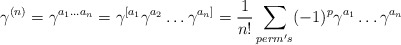
\begin{align*}\gamma^{(n)}=\gamma^{a_1\ldots a_n}=\gamma^{[a_1}\gamma^{a_2}\ldots\gamma^{a_n]}=\frac{1}{n!}\sum_{perm's}(-1)^p\gamma^{a_1}\ldots\gamma^{a_n}\end{align*}